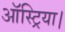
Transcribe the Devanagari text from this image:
ऑस्ट्रिया।